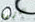
تلفزيون